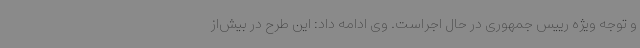
و توجه ویژه رییس جمهوری در حال اجراست. وی ادامه داد: این طرح در بیش‌از